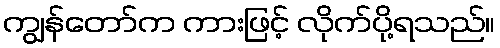
ကျွန်တော်က ကားဖြင့် လိုက်ပို့ရသည်။